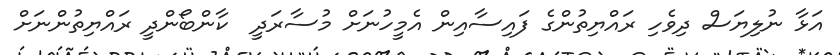
އަޅާ ނުލިޔަސް ދިވެހި ރައްޔިތުންގެ ފައިސާއިން އެމީހުނަށް މުސާރަދީ  ކާންބޯންދީ ރައްޔިތުންނަށް